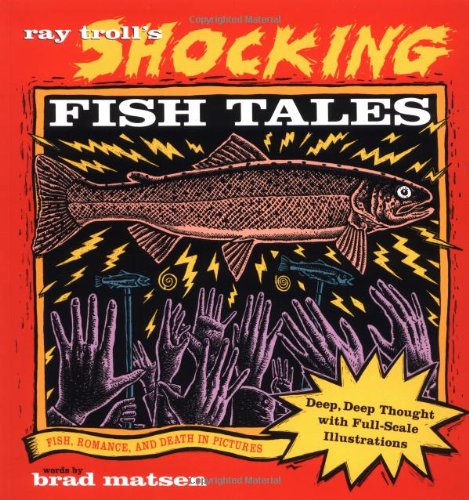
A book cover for Ray Troll's Shocking Fish Tales: Fish, Romance, and Death in Pictures; Ray Troll; Humor & Entertainment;